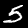
Label: 5